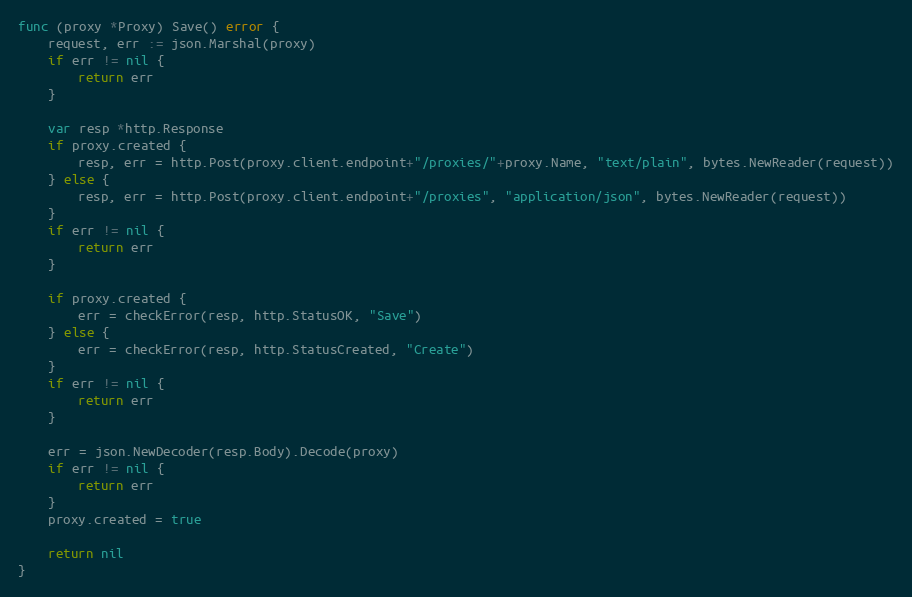
Language: Go
func (proxy *Proxy) Save() error {
	request, err := json.Marshal(proxy)
	if err != nil {
		return err
	}

	var resp *http.Response
	if proxy.created {
		resp, err = http.Post(proxy.client.endpoint+"/proxies/"+proxy.Name, "text/plain", bytes.NewReader(request))
	} else {
		resp, err = http.Post(proxy.client.endpoint+"/proxies", "application/json", bytes.NewReader(request))
	}
	if err != nil {
		return err
	}

	if proxy.created {
		err = checkError(resp, http.StatusOK, "Save")
	} else {
		err = checkError(resp, http.StatusCreated, "Create")
	}
	if err != nil {
		return err
	}

	err = json.NewDecoder(resp.Body).Decode(proxy)
	if err != nil {
		return err
	}
	proxy.created = true

	return nil
}